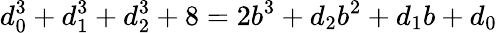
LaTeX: d_{0}^{3}+d_{1}^{3}+d_{2}^{3}+8=2b^{3}+d_{2}b^{2}+d_{1}b+d_{0}